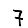
Digit: 7